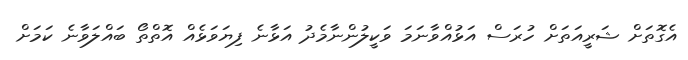
އެގޮތަށް ޝަރީއަތަށް ހުރަސް އަޅުއްވާނަމަ ވަކީލުންނާމެދު އަޅާނެ ފިޔަވަޅެއް އޮތްތޯ ބައްލަވާނެ ކަމަށް